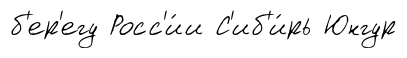
б'ер'егу Росс'и́и С'иб'и́рь Юнгур